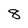
Character: 8